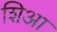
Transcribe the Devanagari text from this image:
शिआ